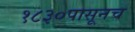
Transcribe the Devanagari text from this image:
१८३०पासूनच